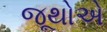
જૂથોએ